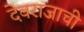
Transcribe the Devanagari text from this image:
देवराजाची